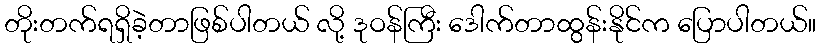
တိုးတက်ရရှိခဲ့တာဖြစ်ပါတယ် လို့ ဒုဝန်ကြီး ဒေါက်တာထွန်းနိုင်က ပြောပါတယ်။